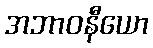
အဘာဝနီယော